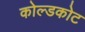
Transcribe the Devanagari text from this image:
कोल्डकोट